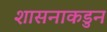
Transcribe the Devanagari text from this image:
शासनाकडुन